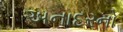
અનાદરનો